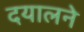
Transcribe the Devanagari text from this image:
दयालने